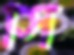
সি